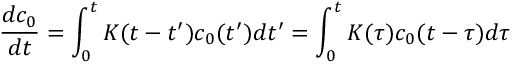
\frac { d c _ { 0 } } { d t } = \int _ { 0 } ^ { t } K ( t - t ^ { \prime } ) c _ { 0 } ( t ^ { \prime } ) d t ^ { \prime } = \int _ { 0 } ^ { t } K ( \tau ) c _ { 0 } ( t - \tau ) d \tau